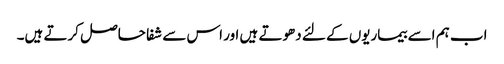
اب ہم اسے بیماریوں کے لئے دھوتے ہیں اور اس سے شفا حاصل کرتے ہیں۔